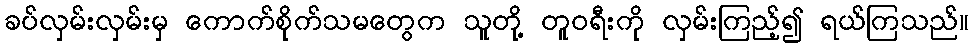
ခပ်လှမ်းလှမ်းမှ ကောက်စိုက်သမတွေက သူတို့ တူဝရီးကို လှမ်းကြည့်၍ ရယ်ကြသည်။